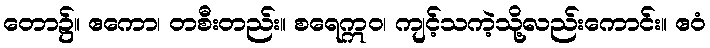
တော၌။ ဧကော၊ တစီးတည်း။ စရေဣဝ၊ ကျင့်သကဲ့သို့လည်းကောင်း။ ဧဝံ